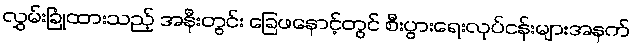
လွှမ်းခြုံထားသည့် အနီးတွင်း ခြေဖနောင့်တွင် စီးပွားရေးလုပ်ငန်းများအနက်